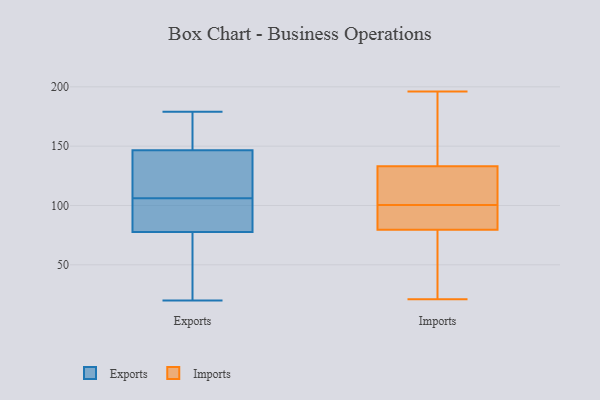
{"axis": {"x": "Page Views", "y": "Value"}, "legend": ["Exports", "Imports"], "data": [{"x": "", "y": 106, "type": "Exports"}, {"x": "", "y": 79, "type": "Exports"}, {"x": "", "y": 166, "type": "Exports"}, {"x": "", "y": 129, "type": "Exports"}, {"x": "", "y": 74, "type": "Exports"}, {"x": "", "y": 91, "type": "Exports"}, {"x": "", "y": 128, "type": "Exports"}, {"x": "", "y": 172, "type": "Exports"}, {"x": "", "y": 140, "type": "Exports"}, {"x": "", "y": 179, "type": "Exports"}, {"x": "", "y": 102, "type": "Exports"}, {"x": "", "y": 20, "type": "Exports"}, {"x": "", "y": 25, "type": "Exports"}, {"x": "", "y": 21, "type": "Imports"}, {"x": "", "y": 88, "type": "Imports"}, {"x": "", "y": 116, "type": "Imports"}, {"x": "", "y": 76, "type": "Imports"}, {"x": "", "y": 25, "type": "Imports"}, {"x": "", "y": 113, "type": "Imports"}, {"x": "", "y": 83, "type": "Imports"}, {"x": "", "y": 196, "type": "Imports"}, {"x": "", "y": 119, "type": "Imports"}, {"x": "", "y": 147, "type": "Imports"}, {"x": "", "y": 86, "type": "Imports"}, {"x": "", "y": 151, "type": "Imports"}]}